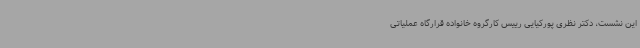
این نشست، دکتر نظری پورکیایی رییس کارگروه خانواده قرارگاه عملیاتی